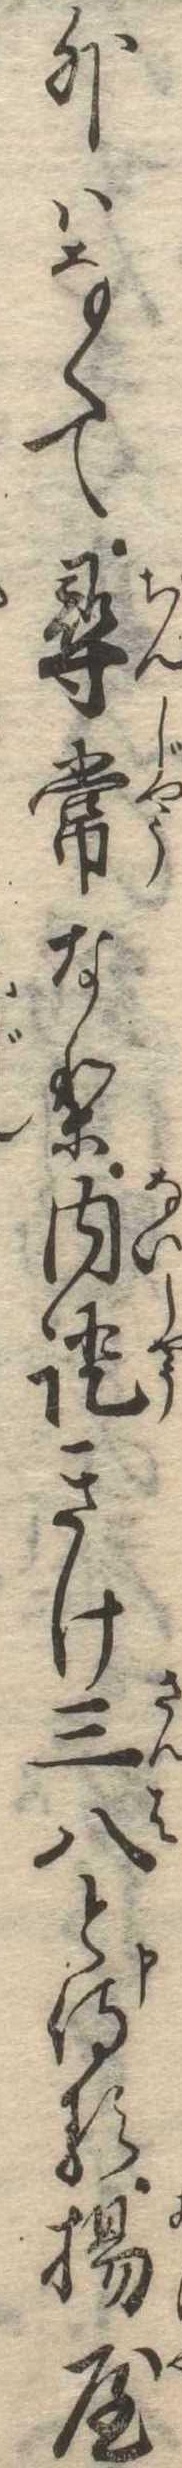
外はなくて尋常なり内証きけ三八と申侍る揚屋